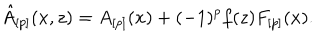
\hat { A } _ { [ p ] } ( x , z ) = A _ { [ p ] } ( x ) + ( - 1 ) ^ { p } f ( z ) F _ { [ p ] } ( x ) .